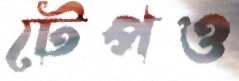
টেপও